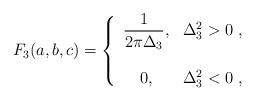
LaTeX: \begin{align*}F_3(a,b,c) = \left\{ \begin{array}{cc} \displaystyle{\frac{1}{2\pi \Delta_3}} , & \Delta_3^2 > 0 \;, \\ \\ 0, & \Delta_3^2 < 0 \;, \end{array}\right.\end{align*}